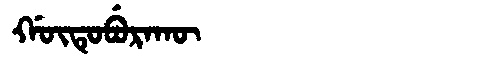
Manchu: ᡤᡡᡨᡠᠪᡠᡵᠠᡴᡡ
Romanization: GŪTUBURAKŪ